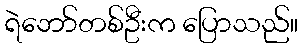
ရဲဘော်တစ်ဦးက ပြောသည်။